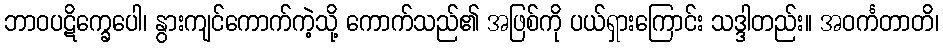
ဘာဝပဋိက္ခေပေါ၊ နွားကျင်ကောက်ကဲ့သို့ ကောက်သည်၏ အဖြစ်ကို ပယ်ရှားကြောင်း သဒ္ဒါတည်း။ အဝင်္ကတာတိ၊